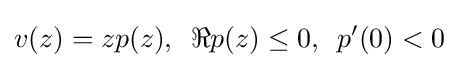
v(z)=zp(z),\,\,\,\Re p(z)\leq 0,\,\,\,p^{\prime }(0)<0